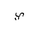
Letter: _ya